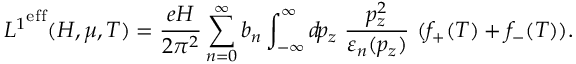
{ { \cal L } ^ { 1 } } ^ { \mathrm { e f f } } ( H , \mu , T ) = \frac { e H } { 2 \pi ^ { 2 } } \sum _ { n = 0 } ^ { \infty } b _ { n } \int _ { - \infty } ^ { \infty } d \! p _ { z } { } ~ \frac { p _ { z } ^ { 2 } } { \varepsilon _ { n } ( p _ { z } ) } ~ ( f _ { + } ( T ) + f _ { - } ( T ) ) .